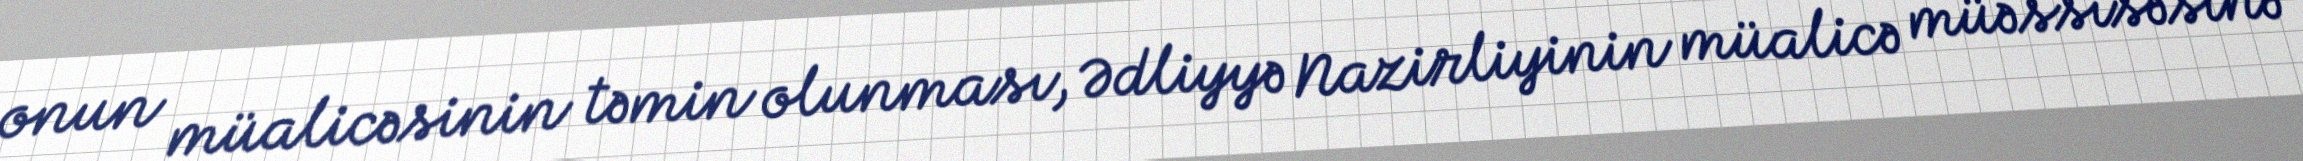
onun müalicəsinin təmin olunması, Ədliyyə Nazirliyinin müalicə müəssisəsinə